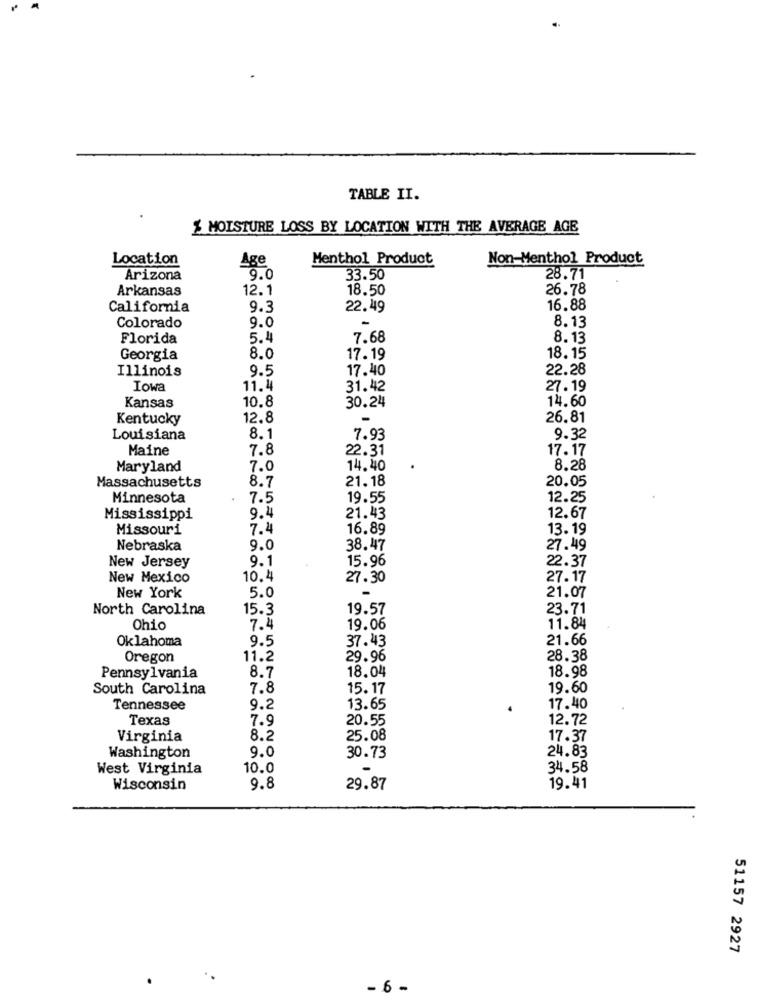
TABLE II.
MOISTURE LOSS BY LOCATION WITH THE AVERAGE AGE
Location
Age
Menthol Product
Non-Menthol Product
Arizona
9.0
33.50
28.71
Arkansas
12.1
18.50
26.78
California
9.3
22.49
16.88
8.13
Colorado
9.0
Florida
5.4
7.68
8.13
Georgia
8.0
17.19
18.15
Illinois
9.5
17.40
22.28
Iowa
11.4
31.42
27.19
10.8
14.60
Kansas
30.24
Kentucky
12.8
26.81
Louisiana
8.1
7.93
9.32
Maine
7.8
22.31
17.17
Maryland
7.0
14.40
8.28
8.7
21.18
20.05
Massachusetts
Minnesota
7.5
19.55
12.25
9.4
Mississippi
21.43
12.67
Missouri
7.4
16.89
13.19
Nebraska
9.0
38.47
27.49
9.1
15.96
New Jersey
22.37
New Mexico
10.4
27.30
27.17
New York
5.0
21.07
North Carolina
15.3
19.57
23.71
Ohio
7.4
19.06
11.84
Oklahoma
9.5
37.43
21.66
Oregon
11.2
29.96
28.38
8.7
18,04
18.98
Pennsylvania
South Carolina
7.8
15.17
19.60
Tennessee
9.2
13.65
17.40
Texas
7.9
20.55
12.72
Virginia
8.2
25.08
17.37
9.0
30.73
24.83
Washington
West Virginia
10.0
34.58
Wisconsin
9.8
29.87
19.41
51157 2927
- 6-